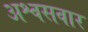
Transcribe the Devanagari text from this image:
अश्वसवार